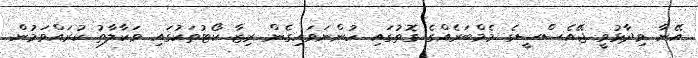
އޭނާ ވިދާޅުވީ ޖޭއެސްސީގެ މެމްބަރެއްގެ ގޮތުގައި ހުންނަވައިގެން ރިޒާ ކޯޓުތަކުގައި ވަކާލާތު ކުރައްވަމުން